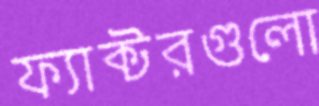
ফ্যাক্টরগুলো